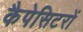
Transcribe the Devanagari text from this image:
कैपेसिटरों